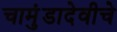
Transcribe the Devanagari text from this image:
चामुंडादेवीचे